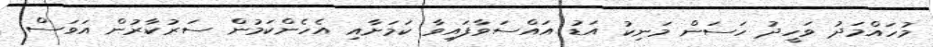
މުހައްމަދު ވަހީދު ހަސަން މަނިކު އަޑު އައްސަވާފައިވާ ކަމަށާއި އެހެންކަމުން ސަރުކާރުން އަވަސް